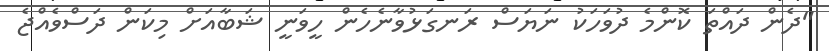
"ދެން ދައްތަ ކޮންމެ ދުވަހަކު ނަޔަސް ރަނގަޅުވާނެހެން ހީވަނީ ޝަބާއަށް މިކަން ދަސްވެއްޖެ